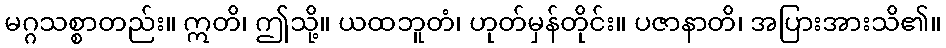
မဂ္ဂသစ္စာတည်း။ ဣတိ၊ ဤသို့။ ယထဘူတံ၊ ဟုတ်မှန်တိုင်း။ ပဇာနာတိ၊ အပြားအားသိ၏။